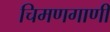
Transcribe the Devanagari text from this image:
चिमणगाणी